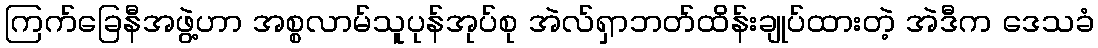
ကြက်ခြေနီအဖွဲ့ဟာ အစ္စလာမ်သူပုန်အုပ်စု အဲလ်ရှာဘတ်ထိန်းချုပ်ထားတဲ့ အဲဒီက ဒေသခံ